Cholera in southern India
Disease focus: Cholera
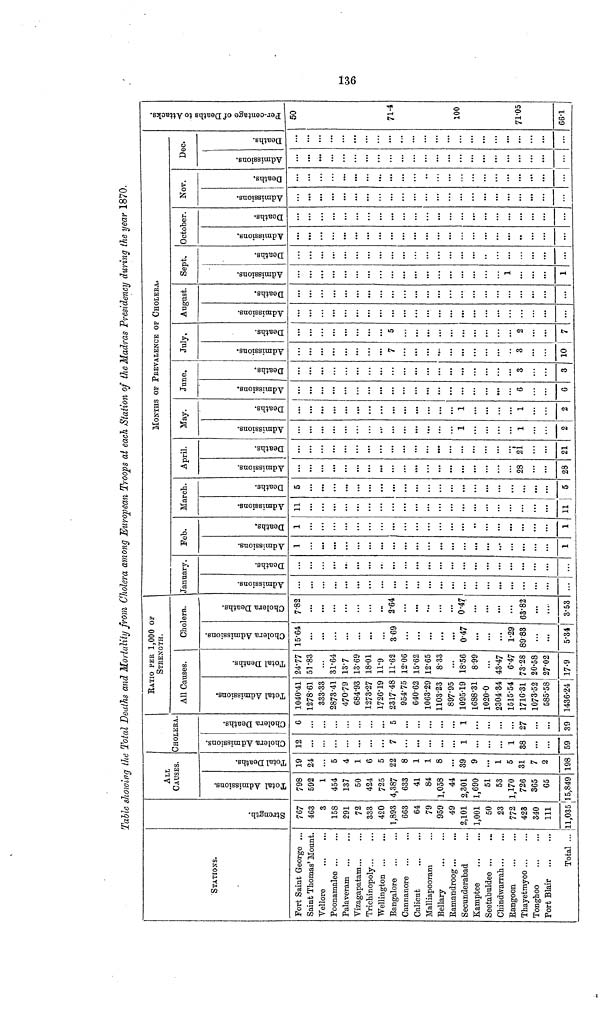
136
Table showing the Total Deaths and Mortality from Cholera among European Troops at each Station of the Madras Presidency during the year 1870.
STATIONS.
Fort Saint George ...
Saint Thomas' Mount.
Vellore
Poonamalee ...
Palaveram
Vizagapatam...
Trichinopoly.
Wellington ...
Bangalore
Cannanore
Calicut
Malliapooram
Bellary
Ramandroog...
Secunderabad
Kamptee
Seetabuldee
Chindwarrah
Rangoon
Thayetmyoo ...
Tonghoo
Port Blair
Total ...
Strength
767
463
3
158
291
72
333
420
1,893
663
64
79
959
49
2,101
1,001
50
23
772
423
340
111
11,035
ALL
CAUSES.
Total Admissions
798
592
1
454
137
50
424
725
4,387
633
41
84
1,058
44
2,301
1,690
51
53
1,170
726
365
65
15,849
Total Deaths
19
24
5
4
1
6
5
22
8
1
1
8
...
39
9
...
1
5
31
7
2
198
CHOLERA.
Cholera Admissions
12
...
...
...
7
...
...
1
1
38
...
59
Cholera Deaths
6
...
•••
5
...
...
1
...
...
...
27
...
...
39
RATIO PER 1,000 OF
STRENGTH.
All Causes.
Total Admissions
1040'41
1278.61
333.33
2873.41
684.93
1273.27
1726.19
2317 48
640.62
1063.29
1103.23
897.95
1095.19
1688.31
1020.0
2304.34
1515.54
1716.31
1073.52
585.58
1436.24
Total Deaths
24.77
51.83
31.64
13.69
18.01
11.9
11.62
15.62
12.65
8.33
18.56
8.99
43.47
6.47
73.28
20.58
27.02
17.9
Cholera.
Cholera Admissions
15.64
369
0.47
...
...
...
1.29
89.83
5.34
Cholera Deaths
7.82
2.64
0.47
63.82
3.53
January.
Admissions. Deaths.
• ••
Feb.
Admissions.
1
1
Deaths.
1
1
March.
Admissions.
11
11
Deaths.
5
5
April.
Admissions.
28
28
Deaths.
21
21
May.
Admissions.
1
1
2
Deaths.
1
1
2
June.
Admissions.
6
6
Deaths.
3
3
July.
Admissions.
7
3
10
Deaths.
5
2
7
August.
Admissions. Deaths.
Sept.
Admissions.
1
1
Deaths.
October.
Admissions. Deaths.
Nov.
Admissions. Deaths.
Dec.
Admissions. Deaths.
50
71.4
100
71.05
66.1